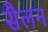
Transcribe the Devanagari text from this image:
सैलन